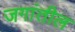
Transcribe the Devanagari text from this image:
जगांतील